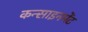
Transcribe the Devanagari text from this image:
कन्साइनमेंट